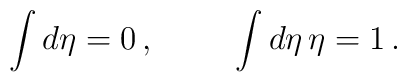
\int d\eta = 0 \, , \hspace{1cm} \int d\eta \, \eta = 1 \, .